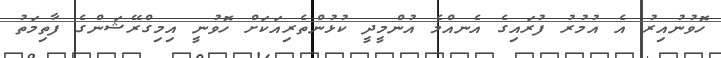
ހޮވުނުއިރު އެ އުމުރު ފުރައިގެ އެނއްމެ އުންމީދީ ކުޅުންތެރިއަކަށް ހޮވުނީ އިމިގްރޭޝަންގެ ފާތިމަތު